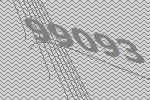
99093